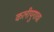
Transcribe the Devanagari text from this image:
कलीयुगाचा